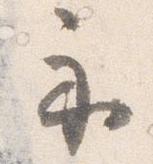
示